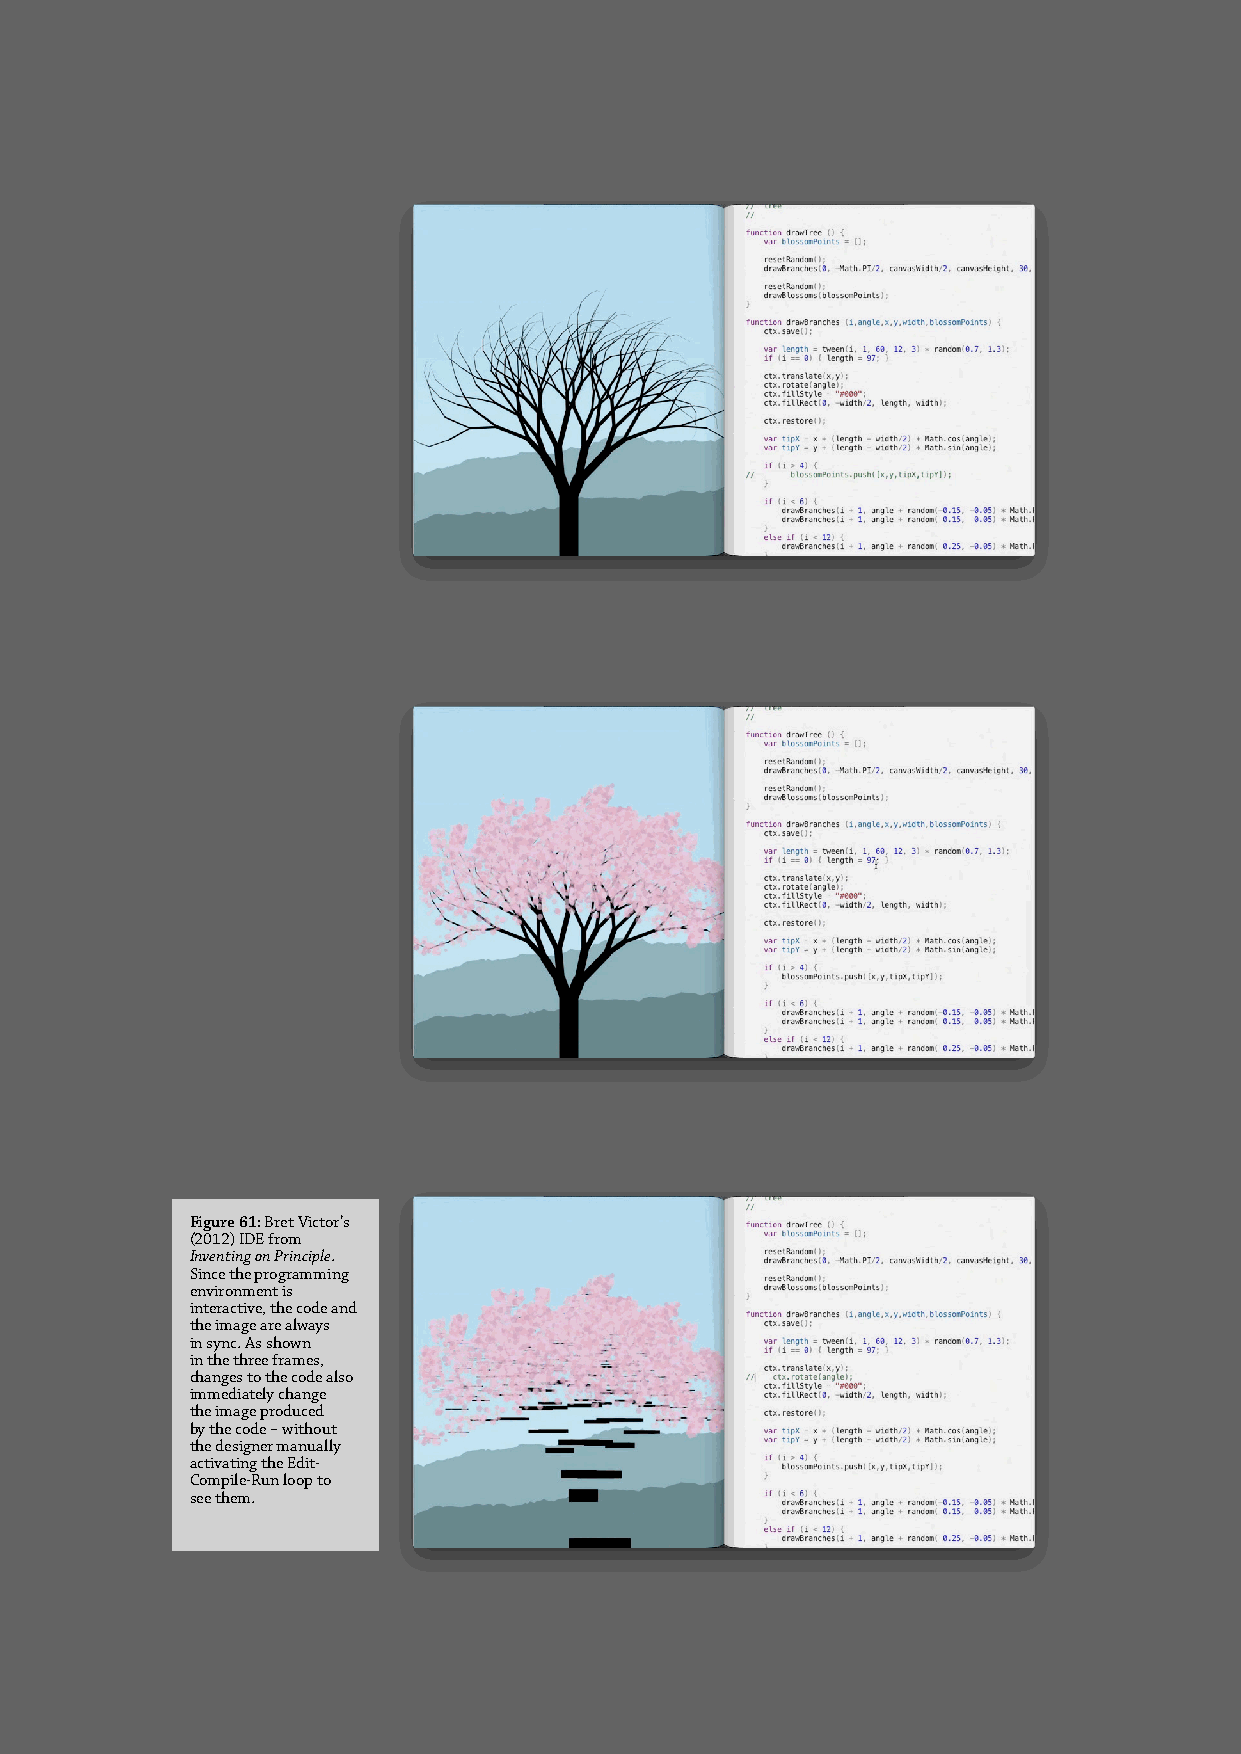
Figure 61: Bret Victor’s
 (2012) IDE from
 Inventing on Principle.
 Since the programming
 environment is
 interactive, the code and
 the image are always
 in sync. As shown
 in the three frames,
 changes to the code also
 immediately change
 the image produced
 by the code – without
 the designer manually
 activating the Edit-
 Compile-Run loop to
 see them.